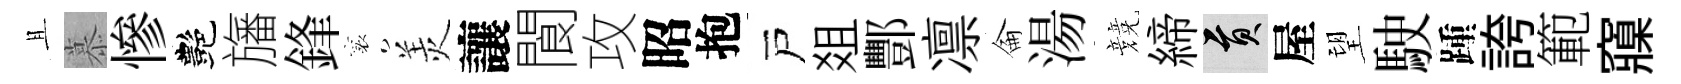
且慕慘艷旛鋒襄羙讓閬攻昭抱戸爼酆凛侖湯競締貢屋望駛踵誇範䆿